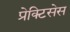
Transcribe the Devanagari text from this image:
प्रेक्टिसेस